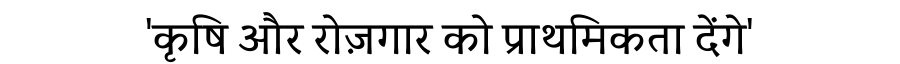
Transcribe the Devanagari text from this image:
'कृषि और रोज़गार को प्राथमिकता देंगे'